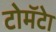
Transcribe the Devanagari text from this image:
टोमॅटेा